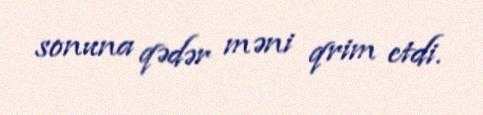
sonuna qədər məni qrim etdi.